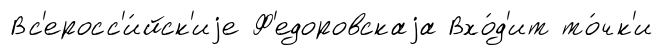
Вс'еросс'и́йск'иjе Ф'едоровскаjа Вхо́д'ит то́чк'и